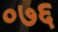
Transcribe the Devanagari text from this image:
०७६